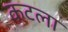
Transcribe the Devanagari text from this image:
कटला